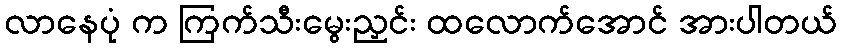
လာနေပုံ က ကြက်သီးမွေးညှင်း ထလောက်အောင် အားပါတယ်